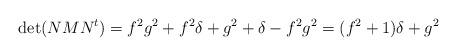
LaTeX: \begin{align*}\det(NMN^t)= f^2g^2+f^2\delta +g^2+\delta -f^2g^2 = (f^2+1)\delta + g^2\end{align*}